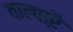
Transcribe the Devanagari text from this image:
वाल्पाऱै